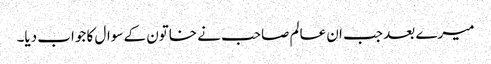
میرے بعد جب ان عالم صاحب نے خاتون کے سوال کا جواب دیا۔